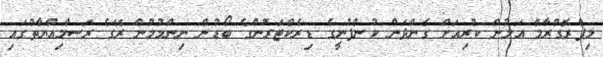
މިޕްރޮގްރާމް އަލުން ކުރިއަށް ގެންދަން ކުންފުނީގެ ޑިރެކްޓަރުންގެ ބޯޑުން ނިންމުމުން ރޭގެ ރަސްމިއްޔާތުގައި